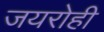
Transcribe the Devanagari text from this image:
जयरोही